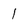
Character: 1